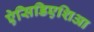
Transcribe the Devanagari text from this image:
ऐसिडिएशिआ